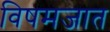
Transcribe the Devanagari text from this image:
विषमजात